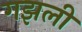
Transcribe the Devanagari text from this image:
गझली